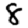
Digit: 8